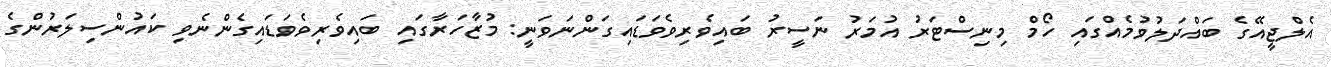
އެލްޖީއޭގެ ބައްދަލުވުމެއްގައި ހޯމް މިނިސްޓަރު އުމަރު ނަސީރު ބައިވެރިވެވަޑައިގަންނަވަނީ: މުޒާހަރާގައި ބައިވެރިވެވަޑައިގެންނެވި ކައުންސިލަރުންގެ